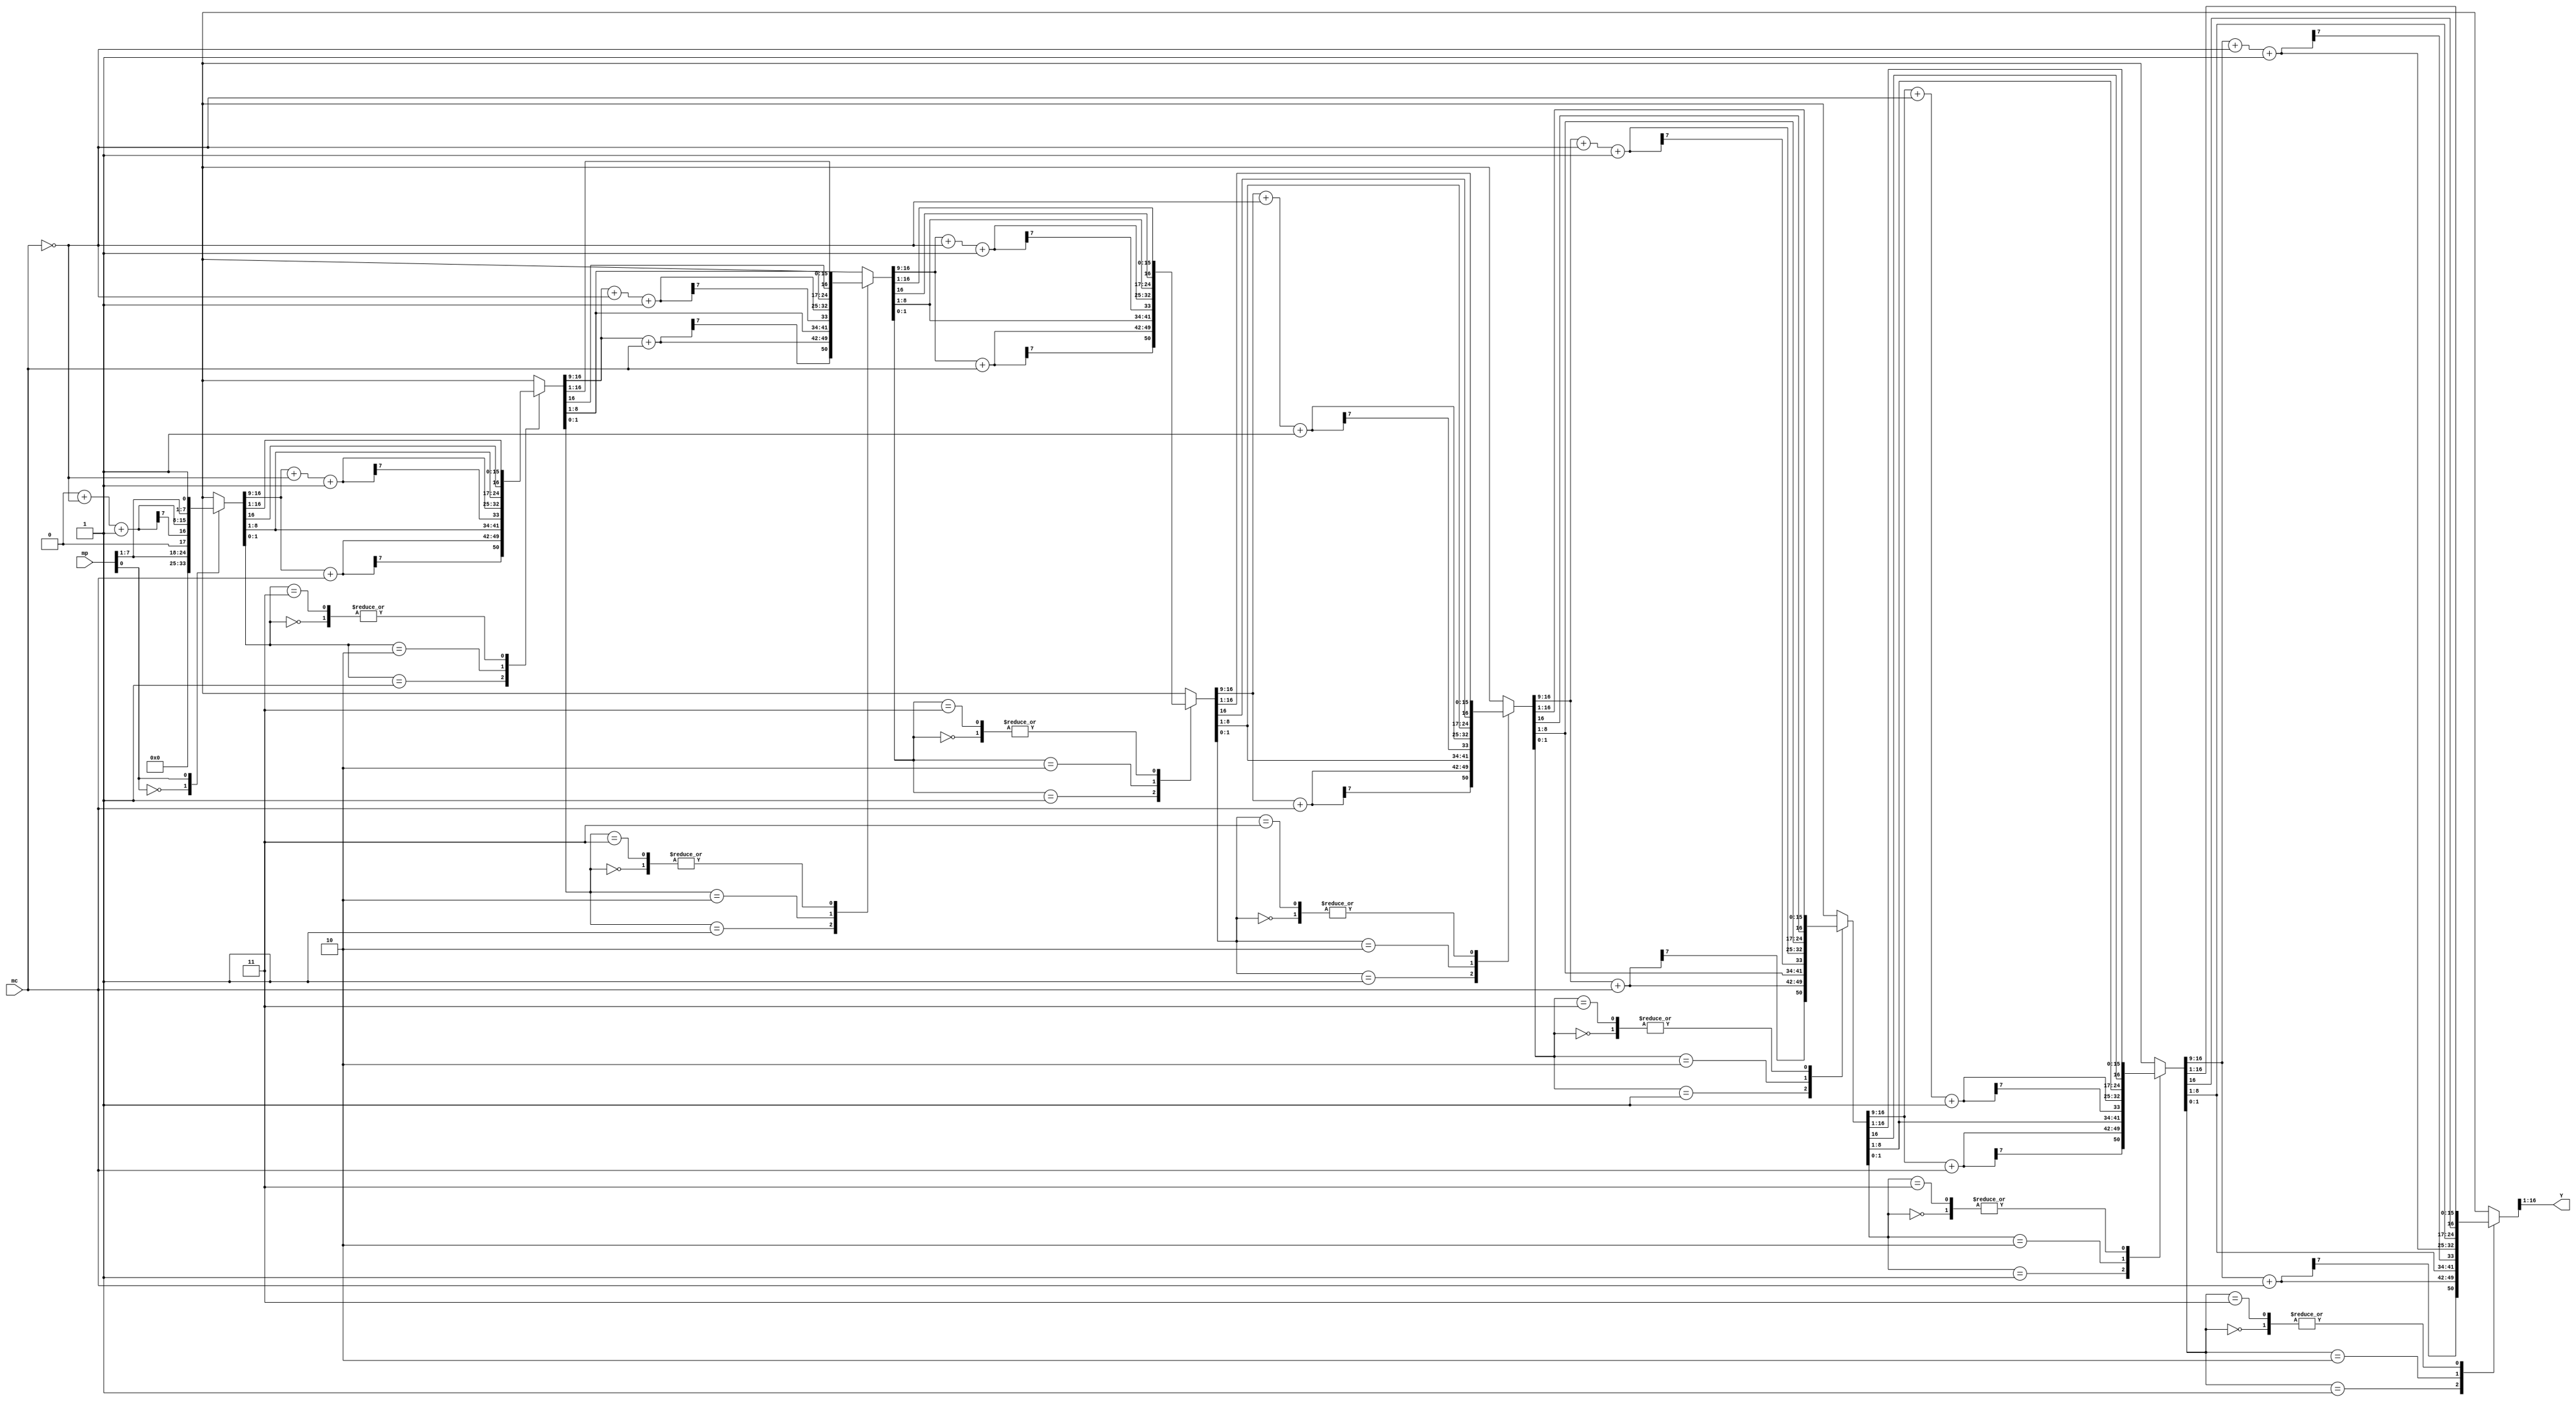
`timescale 1ns / 1ps
//////////////////////////////////////////////////////////////////////////////////
//## GroupID- 65(15114063_15114027) - Sandeep Pal & Gautam Choudhary	
//## Date: November 1, 2016
//## <multiplication_module_8bit>.v - BOOTH's ALGORITHM is implemented in this file.
// 
// Design Name: 
// Module Name:    multiplication_module_8bit 
// Project Name: 
// Target Devices: 
// Tool versions: 
// Description: 
//
// Dependencies: 
//
// Revision: 
// Revision 0.01 - File Created
// Additional Comments: 
//
//////////////////////////////////////////////////////////////////////////////////
module multiplication_module_8bit(mc, mp, Y);
	// Defining the inputs/outputs
    input signed [07:0] mc;
    input signed [07:0] mp;
    output signed [015:0] Y;
	 
	// Variables
	 integer count;
	 reg [7:0] A, Q, M, Sum, Difference;
	 reg Q_1;
	 reg signed [015:0] Y; 
	
	always @ ( * ) begin
		//Register the inputs 
		A = 8'b0;
		M = mc;
		Q = mp;
		Q_1 = 1'b0;

		// Booth's Algorithm
		//***********************************************************************
		for(count=0; count<8; count=count+1) 
		begin
			 Sum = A + M ;
			 Difference = A + ~M + 1 ;
			 case ({Q[0], Q_1})
					2'b00 : {A, Q, Q_1} = {A[7], A, Q};							// Case #1
					2'b01 : {A, Q, Q_1} = {Sum[7], Sum, Q};					// Case #2				
					2'b10 : {A, Q, Q_1} = {Difference[7], Difference, Q};	// Case #3
					2'b11 : {A, Q, Q_1} = {A[7], A, Q};							// Case #4
					default: {A, Q, Q_1} = 17'bx;
			 endcase
		end
		//***********************************************************************
		
		
		// Assiging the result to final Register
		Y = {A, Q};
	end

endmodule